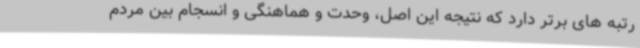
رتبه های برتر دارد که نتیجه این اصل، وحدت و هماهنگی و انسجام بین مردم